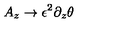
A _ { z } \rightarrow \epsilon ^ { 2 } \partial _ { z } \theta